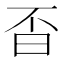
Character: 㫘